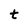
Character: t